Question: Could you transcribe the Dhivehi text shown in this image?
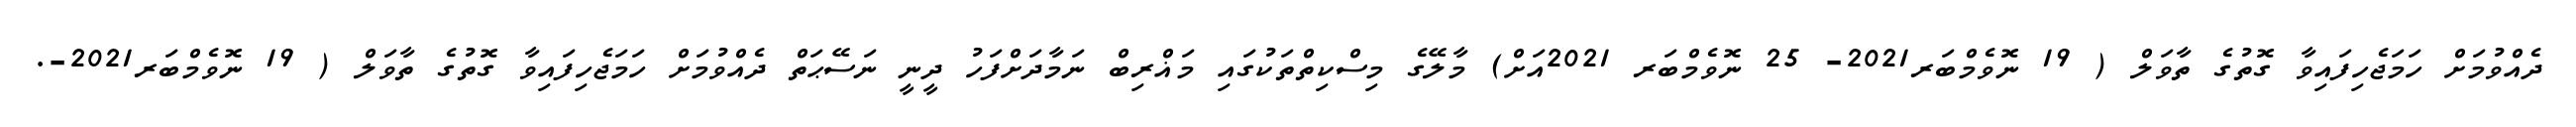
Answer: ދެއްވުމަށް ހަމަޖެހިފައިވާ ގޮތުގެ ތާވަލް ( 19 ނޮވެމްބަރ2021- 25 ނޮވެމްބަރ 2021އަށް) މާލޭގެ މިސްކިތްތަކުގައި މަޣްރިބް ނަމާދަށްފަހު ދީނީ ނަސޭޙަތް ދެއްވުމަށް ހަމަޖެހިފައިވާ ގޮތުގެ ތާވަލް ( 19 ނޮވެމްބަރ2021-.